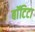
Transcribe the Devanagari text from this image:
बाॅटिटा